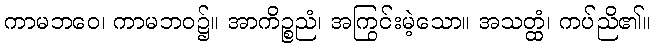
ကာမဘဝေ၊ ကာမဘဝ၌။ အာကိဉ္စညံ၊ အကြွင်းမဲ့သော။ အသတ္ထံ၊ ကပ်ညိ၏။